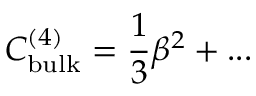
C _ { \mathrm { b u l k } } ^ { ( 4 ) } = \frac { 1 } { 3 } \beta ^ { 2 } + . . .